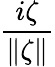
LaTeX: \frac{i\zeta}{\| \zeta\| }